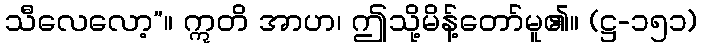
သီလေလော့”။ ဣတိ အာဟ၊ ဤသို့မိန့်တော်မူ၏။ (ဋ္ဌ-၁၅၁)